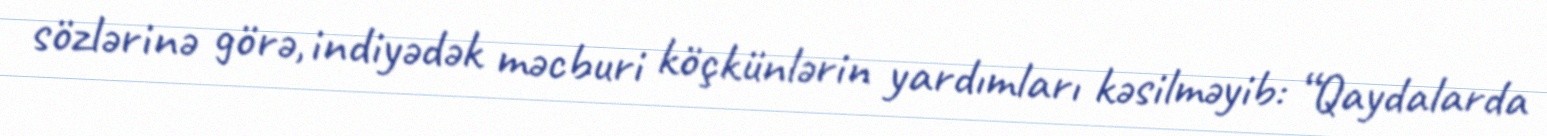
sözlərinə görə, indiyədək məcburi köçkünlərin yardımları kəsilməyib: “Qaydalarda